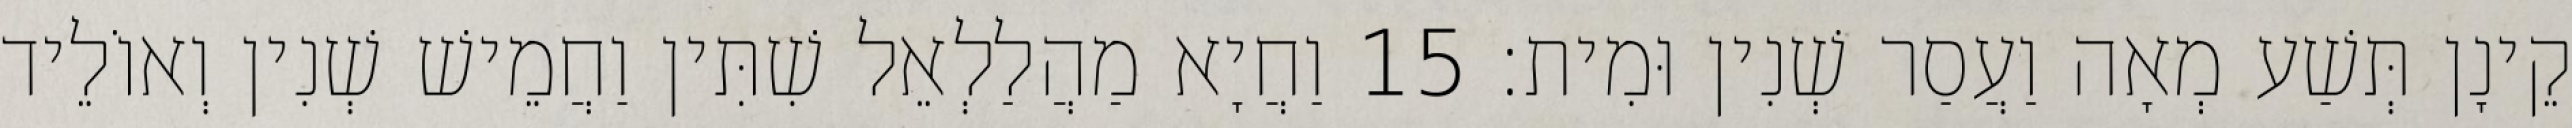
קֵינָן תְּשַׁע מְאָה וַעֲסַר שְׁנִין וּמִית׃ 15 וַחֲיָא מַהֲלַלְאֵל שִׁתִּין וַחֲמֵישׁ שְׁנִין וְאוֹלֵיד